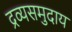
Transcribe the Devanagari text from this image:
द्रव्यसमुदाय